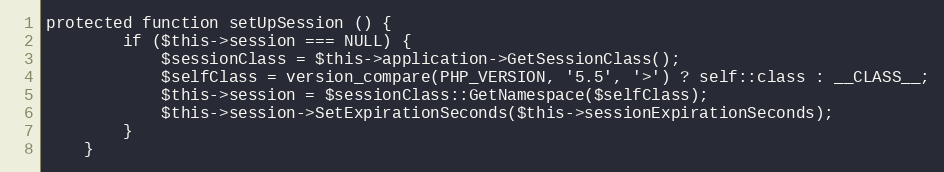
Language: PHP
protected function setUpSession () {
		if ($this->session === NULL) {
			$sessionClass = $this->application->GetSessionClass();
			$selfClass = version_compare(PHP_VERSION, '5.5', '>') ? self::class : __CLASS__;
			$this->session = $sessionClass::GetNamespace($selfClass);
			$this->session->SetExpirationSeconds($this->sessionExpirationSeconds);
		}
	}